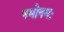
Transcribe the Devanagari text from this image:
नमोनमः